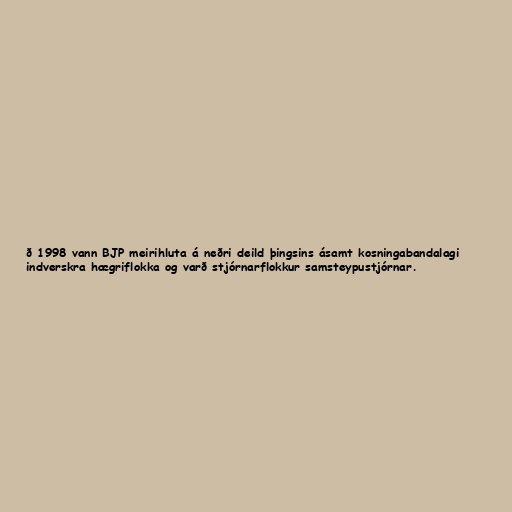
ð 1998 vann BJP meirihluta á neðri deild þingsins ásamt kosningabandalagi
indverskra hægriflokka og varð stjórnarflokkur samsteypustjórnar.